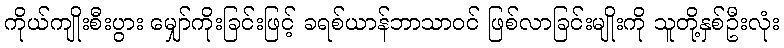
ကိုယ်ကျိုးစီးပွား မျှော်ကိုးခြင်းဖြင့် ခရစ်ယာန်ဘာသာဝင် ဖြစ်လာခြင်းမျိုးကို သူတို့နှစ်ဦးလုံး